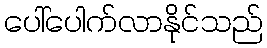
ပေါ်ပေါက်လာနိုင်သည်